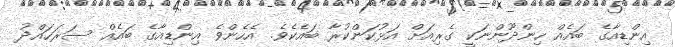
އިންޑިއާގެ ބައެއް ހިންދޫންނަކީ ގެރިއަށް އަޅުކަންކުރާ ބައެކެވެ. އެހެންވެ އިންޑިއާގެ ބައެއް ސަރަހައްދު